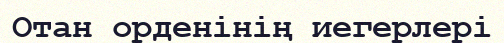
Отан орденінің иегерлері